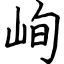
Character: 峋